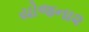
યોજના૨